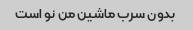
بدون سرب ماشین من نو است